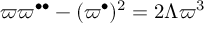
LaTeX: \varpi \varpi ^ { \bullet \bullet } - ( \varpi ^ { \bullet } ) ^ { 2 } = 2 \Lambda \varpi ^ { 3 }